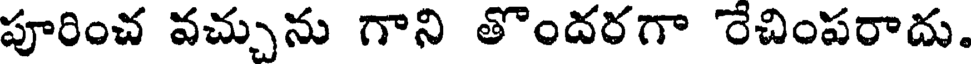
పూరించ వచ్చును గాని తొందరగా రేచింపరాదు.